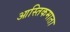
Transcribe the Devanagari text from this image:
आस्तिकमाता